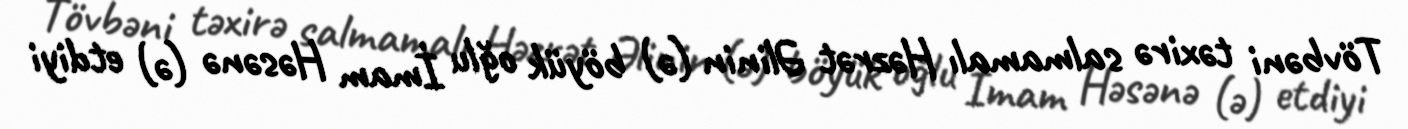
Tövbəni təxirə salmamalı Həzrət Əlinin (ə) böyük oğlu İmam Həsənə (ə) etdiyi